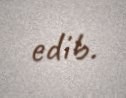
edib.